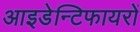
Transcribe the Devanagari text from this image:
आइडेन्टिफायरों